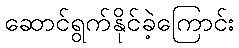
ဆောင်ရွက်နိုင်ခဲ့ကြောင်း